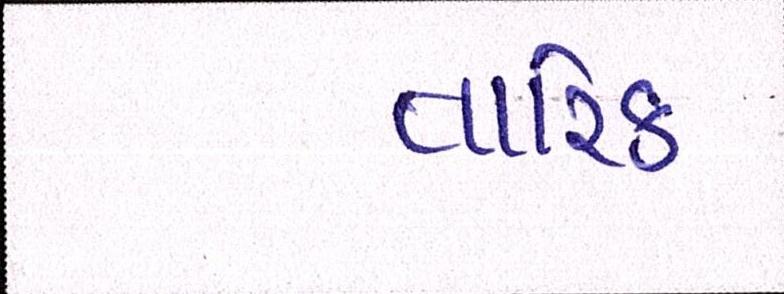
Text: તારિક